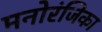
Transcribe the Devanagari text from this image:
मनोरंजिका